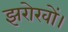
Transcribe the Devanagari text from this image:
झरोखों।